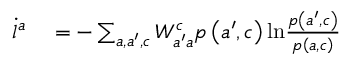
\begin{array} { r l } { \dot { l } ^ { a } } & { { } = - \sum _ { a , a ^ { \prime } , c } W _ { a ^ { \prime } a } ^ { c } p \left( a ^ { \prime } , c \right) \mathrm { l n } \frac { p \left( a ^ { \prime } , c \right) } { p \left( a , c \right) } } \end{array}